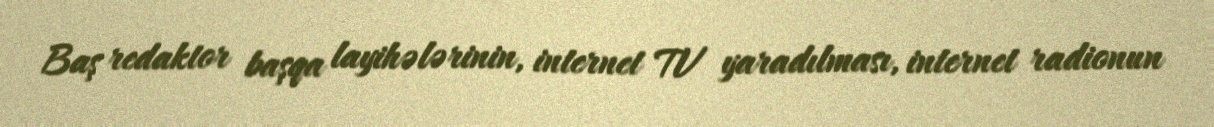
Baş redaktor başqa layihələrinin, internet TV yaradılması, internet radionun